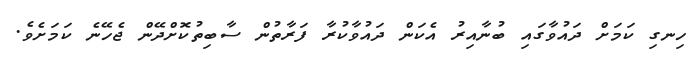
ހިނގި ކަމަށް ދައުވާގައި ބުނާއިރު އެކަން ދައުވާކުރާ ފަރާތުން ސާބިތުކޮށްދޭން ޖެހޭނެ ކަމަށެވެ.